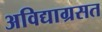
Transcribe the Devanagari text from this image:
अविद्याग्रसत